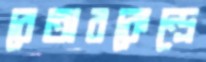
বেতারকেন্দ্রে